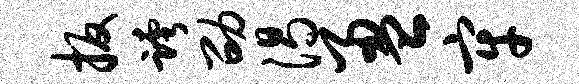
扳跨劭渴盈牢